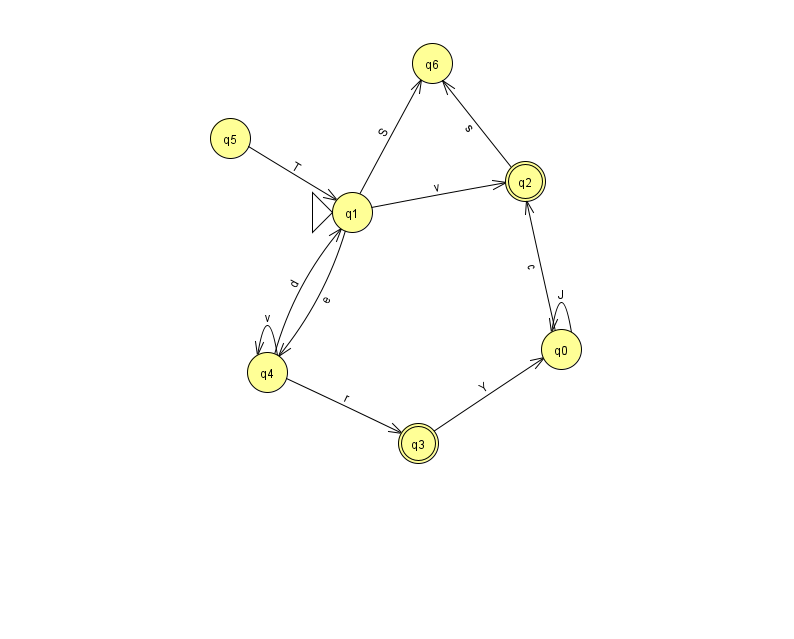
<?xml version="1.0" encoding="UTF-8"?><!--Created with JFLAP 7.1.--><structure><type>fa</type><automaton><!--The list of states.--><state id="0" name="q0"><x>561.0</x><y>336.0</y></state><state id="1" name="q1"><x>352.0</x><y>199.0</y><initial/></state><state id="2" name="q2"><x>525.0</x><y>168.0</y><final/></state><state id="3" name="q3"><x>418.0</x><y>430.0</y><final/></state><state id="4" name="q4"><x>267.0</x><y>359.0</y></state><state id="5" name="q5"><x>230.0</x><y>125.0</y></state><state id="6" name="q6"><x>432.0</x><y>50.0</y></state><!--The list of transitions.--><transition><from>2</from><to>6</to><read>s</read></transition><transition><from>1</from><to>2</to><read>v</read></transition><transition><from>1</from><to>6</to><read>S</read></transition><transition><from>4</from><to>1</to><read>d</read></transition><transition><from>4</from><to>4</to><read>v</read></transition><transition><from>1</from><to>4</to><read>e</read></transition><transition><from>5</from><to>1</to><read>T</read></transition><transition><from>0</from><to>0</to><read>J</read></transition><transition><from>0</from><to>2</to><read>c</read></transition><transition><from>3</from><to>0</to><read>Y</read></transition><transition><from>4</from><to>3</to><read>r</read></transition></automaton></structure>